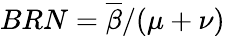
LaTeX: BRN=\overline{{\beta}}/(\mu+\nu)